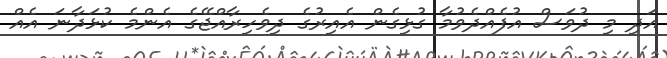
އަދި މި ދުވަސް އުފެއްދެވުމާ ގުޅިގެން އެއިރުގެ ދިވެހިރާއްޖޭގެ އެންމެ ކުޅަދާނަ އެއް